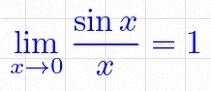
\lim_{x\to0}\frac{\sin x}{x}=1